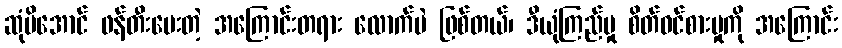
ဆုံမိအောင် ဖန်တီးပေးတဲ့ အကြောင်းတရား လောက်ပဲ ဖြစ်တယ်၊ ဒီယုံကြည်မှု စိတ်ဝင်စားမှုကို အကြောင်း